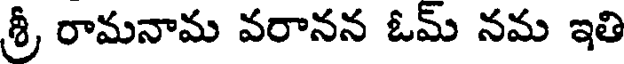
శ్రీ రామనామ వరానన ఓమ్ నమ ఇతి